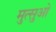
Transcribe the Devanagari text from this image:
मुत्सुओ